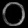
Digit: ၀